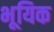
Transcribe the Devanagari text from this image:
भूयिक